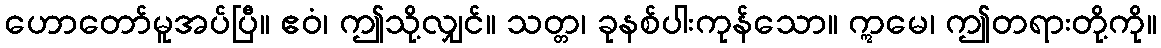
ဟောတော်မူအပ်ပြီ။ ဧဝံ၊ ဤသို့လျှင်။ သတ္တ၊ ခုနစ်ပါးကုန်သော။ ဣမေ၊ ဤတရားတို့ကို။